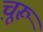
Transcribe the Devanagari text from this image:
चू़रू